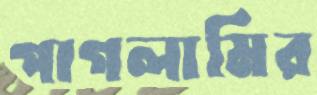
পাগলামির